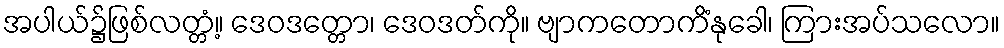
အပါယ်၌ဖြစ်လတ္တံ့။ ဒေဝဒတ္တော၊ ဒေဝဒတ်ကို။ ဗျာကတောကိံနုခေါ၊ ကြားအပ်သလော။